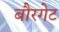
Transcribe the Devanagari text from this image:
बौरगेट